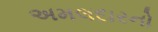
અમલદારનો